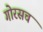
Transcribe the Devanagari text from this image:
गोरसच